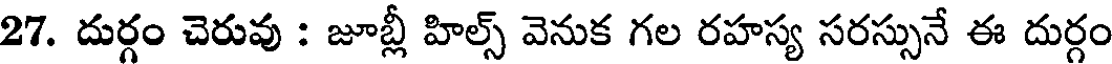
27. దుర్గం చెరువు : జూబ్లీ హిల్స్ వెనుక గల రహస్య సరస్సునే ఈ దుర్గం